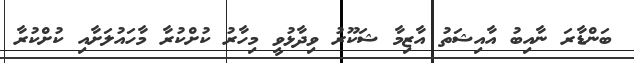
ބަންޑާރަ ނާއިބު އާއިޝަތު އާޒިމާ ޝަކޫރު ވިދާޅުވީ މިހާރު ކުށްކުރާ މާހައުލަށާއި ކުށްކުރާ